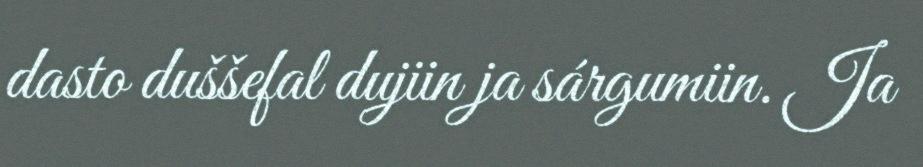
dasto duššefal dujiin ja sárgumiin. Ja